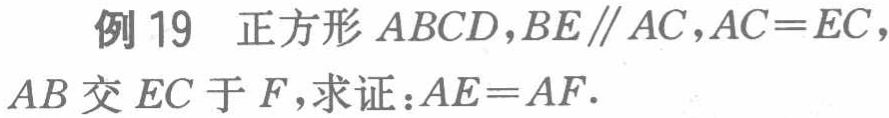
例 19 正方形 \(ABCD\)，\(BE\parallel AC\)，\(AC = EC\)，\(AB\)交 \(EC\)于 \(F\)，求证：\(AE = AF\).